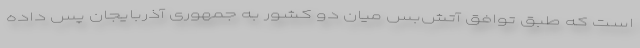
است که طبق توافق آتش‌بس میان دو کشور به جمهوری آذربایجان پس داده